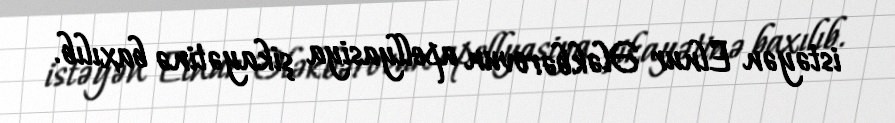
istəyən Elnur Ələkbərovun apellyasiya şikayətinə baxılıb.